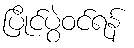
ပြိုင်ပွဲဝင်ရန်